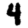
Digit: 4